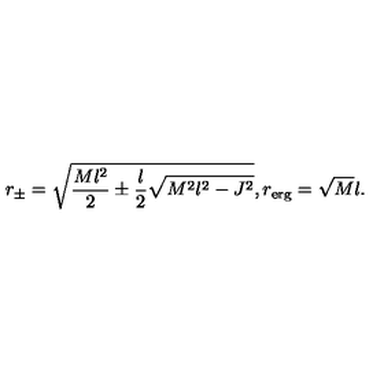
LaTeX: r _ { \pm } = \sqrt { \frac { M l ^ { 2 } } { 2 } \pm \frac { l } { 2 } \sqrt { M ^ { 2 } l ^ { 2 } - J ^ { 2 } } } , r _ { \mathrm { e r g } } = \sqrt { M } l .